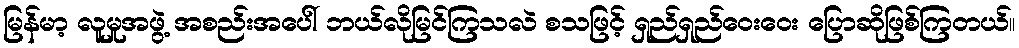
မြန်မာ့ လူမှုအဖွဲ့ အစည်းအပေါ် ဘယ်လိုမြင်ကြသလဲ စသဖြင့် ရှည်ရှည်ဝေးဝေး ပြောဆိုဖြစ်ကြတယ်။